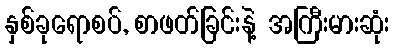
နှစ်ခုရောစပ်, စာဖတ်ခြင်းနဲ့ အကြီးမားဆုံး